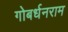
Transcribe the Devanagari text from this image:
गोबर्धनराम